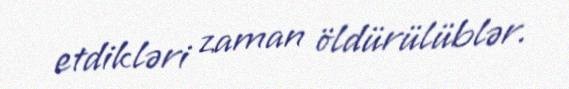
etdikləri zaman öldürülüblər.